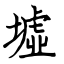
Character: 墟